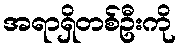
အရာရှိတစ်ဦးကို